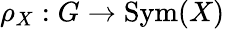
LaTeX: \rho_{X}:G\to\operatorname{Sym}(X)